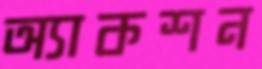
অ্যাকশন